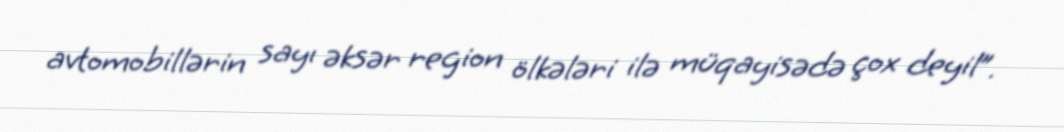
avtomobillərin sayı əksər region ölkələri ilə müqayisədə çox deyil”.